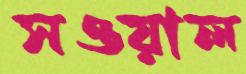
সওয়াল